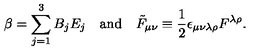
\beta = \sum _ { j = 1 } ^ { 3 } B _ { j } E _ { j } \quad \mathrm { a n d } \quad { \tilde { F } } _ { \mu \nu } \equiv \frac 1 2 \epsilon _ { \mu \nu \lambda \rho } F ^ { \lambda \rho } .